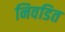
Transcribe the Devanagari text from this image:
निवडित